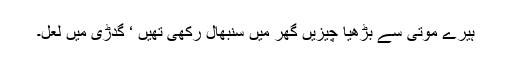
ہیرے موتی سے بڑھیا چیزیں گھر میں سنبھال رکھی تھیں ‘ گدڑی میں لعل۔